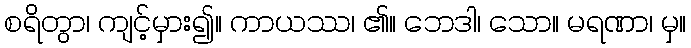
စရိတွာ၊ ကျင့်မှား၍။ ကာယဿ၊ ၏။ ဘေဒါ၊ သော။ မရဏာ၊ မှ။